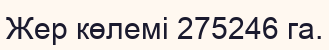
Жер көлемі 275246 га.